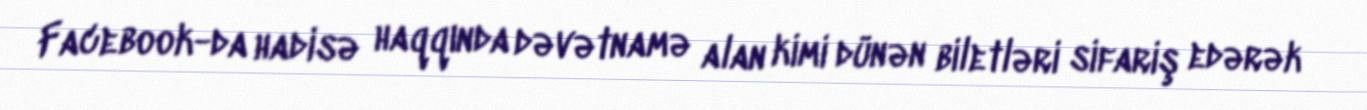
Facebook-da hadisə haqqında dəvətnamə alan kimi dünən biletləri sifariş edərək